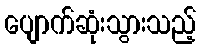
ပျောက်ဆုံးသွားသည့်